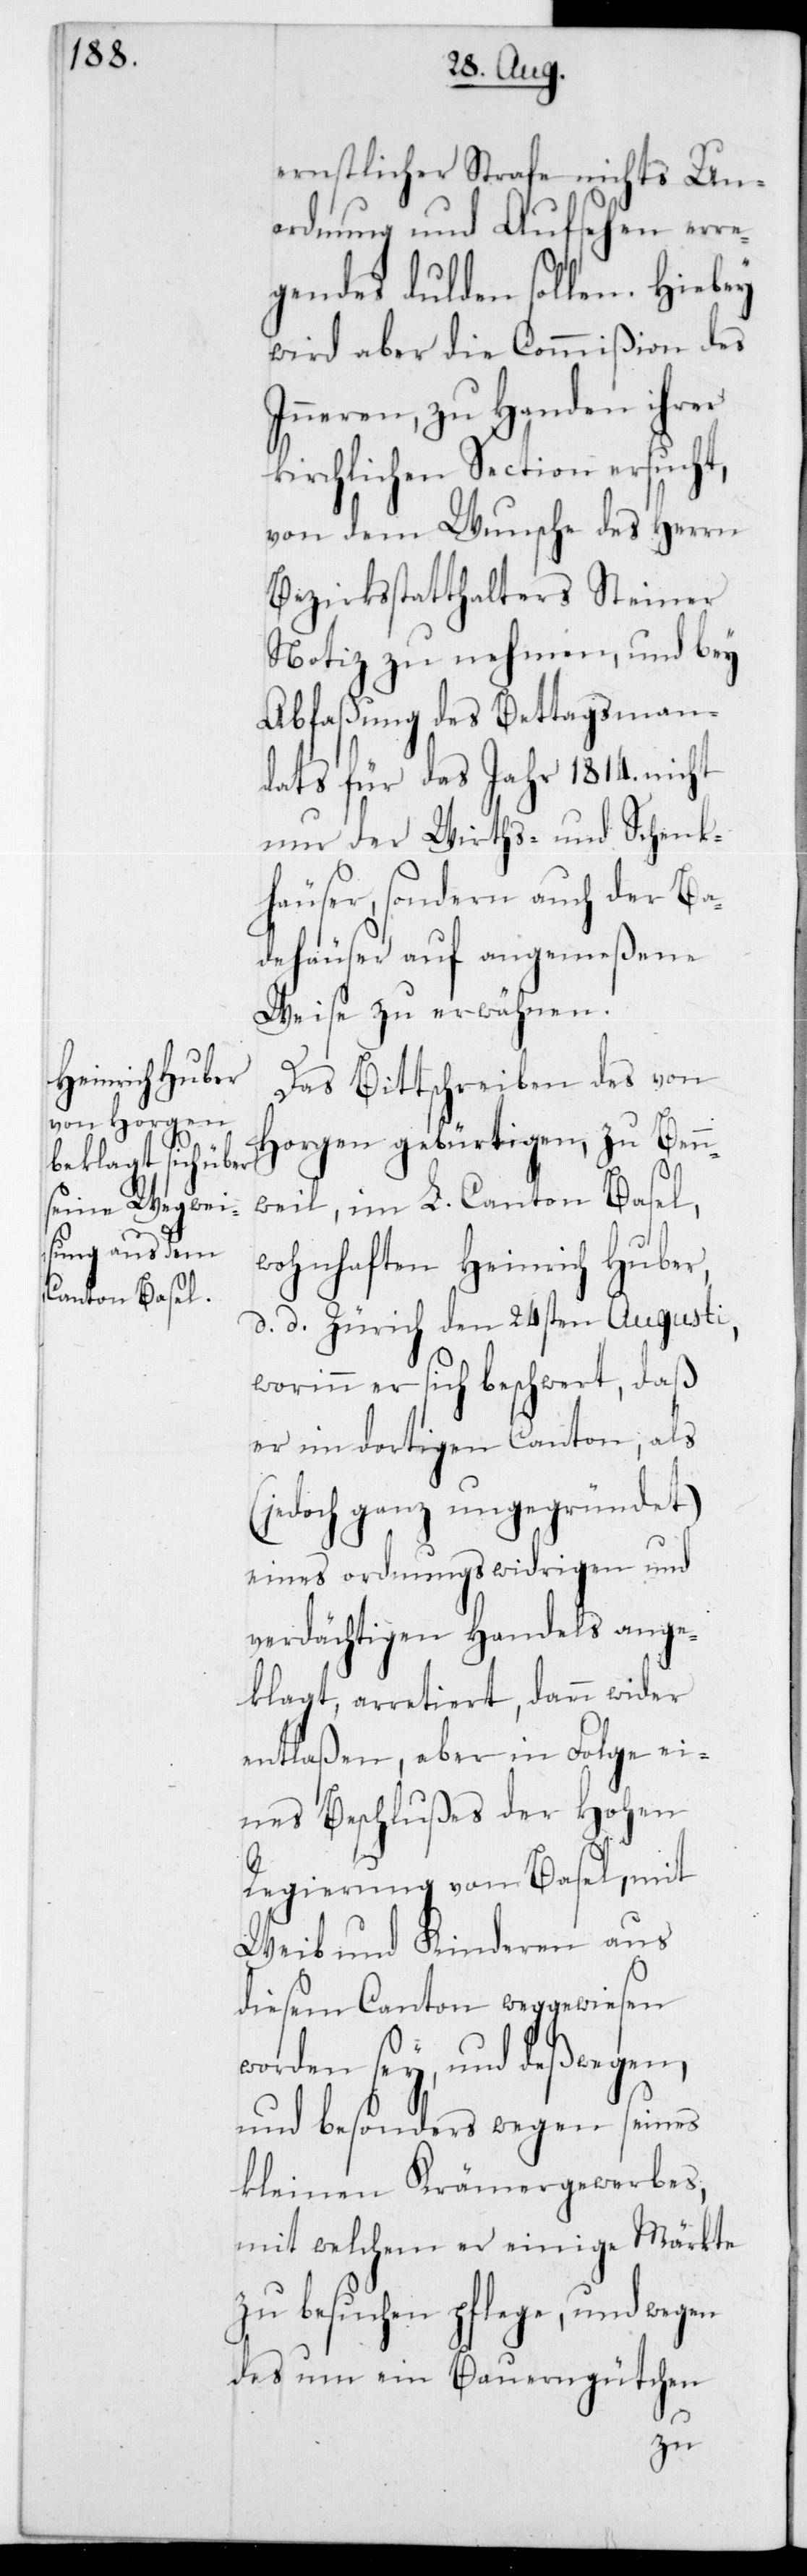
ernstlicher Strafe nichts Un¬
ordnung und Aufsehen erre¬
gendes dulden sollen. Hiebey
wird aber die Commißion des
Inneren, zu Handen ihrer
kirchlichen Section ersucht,
von dem Wunsche des Herrn
Bezirksstatthalters Steiner
Notiz zu nehmen, und bey
Abfaßung des Bettagsman¬
dats für das Jahr 1814 nicht
nur der Wirths- und Schenk¬
häuser, sondern auch der Ba¬
dehäuser auf angemeßene
Weise zu erwähnen.
Das Bittschreiben des von
Horgen gebürtigen, zu Benn¬
weil im L. Canton Basel,
wohnhaften Heinrich Huber,
d. d. Zürich den 24sten Augusti,
worinn er sich beschwert, daß
er im dortigen Canton, als
(jedoch ganz ungegründet)
eines ordnungswidrigen und
verdächtigen Handels ange¬
klagt, arretiert, dann wieder
entlaßen, aber in Folge ei¬
nes Beschlußes der Hohen
Regierung von Basel, mit
Weib und Kinderen aus
diesem Canton weggewiesen
orden sey, und deßwege¬
n, und besonders wegen seines
kleinen Krämergewerbes,
mit welchem er einige Märkte
zu besuchen pflege, und wegen
des um ein Bauerngütchen
w¬